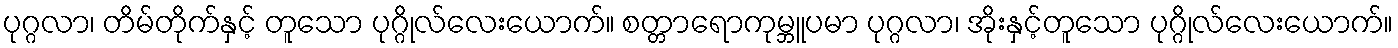
ပုဂ္ဂလာ၊ တိမ်တိုက်နှင့် တူသော ပုဂ္ဂိုလ်လေးယောက်။ စတ္တာရောကုမ္ဘူပမာ ပုဂ္ဂလာ၊ အိုးနှင့်တူသော ပုဂ္ဂိုလ်လေးယောက်။